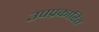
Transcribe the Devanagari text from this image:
उपप्रकारित